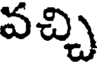
వచ్చి